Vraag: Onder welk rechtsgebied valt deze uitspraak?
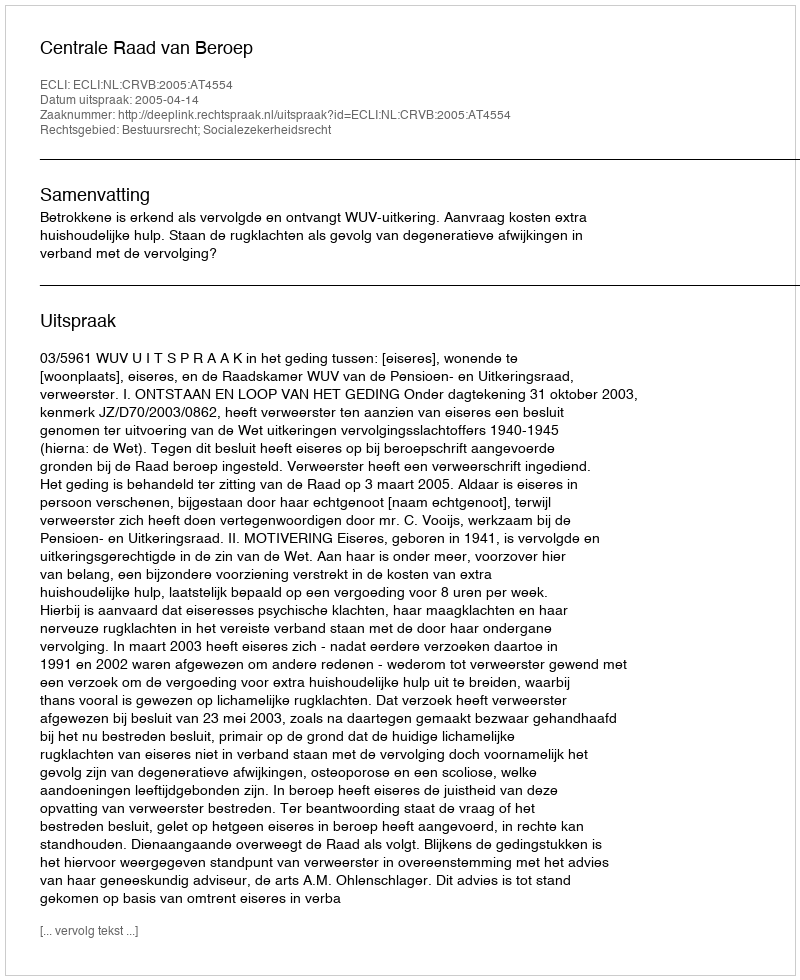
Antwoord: Bestuursrecht; Socialezekerheidsrecht